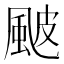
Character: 𩖽